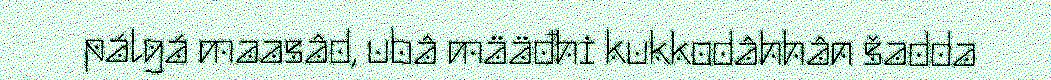
pálgá maasâd, ubâ määđhi kukkodâhhân šadda